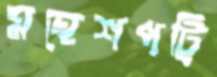
মহেশপট্রি